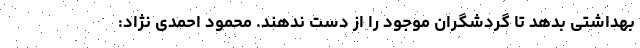
بهداشتی بدهد تا گردشگران موجود را از دست ندهند. محمود احمدی نژاد: